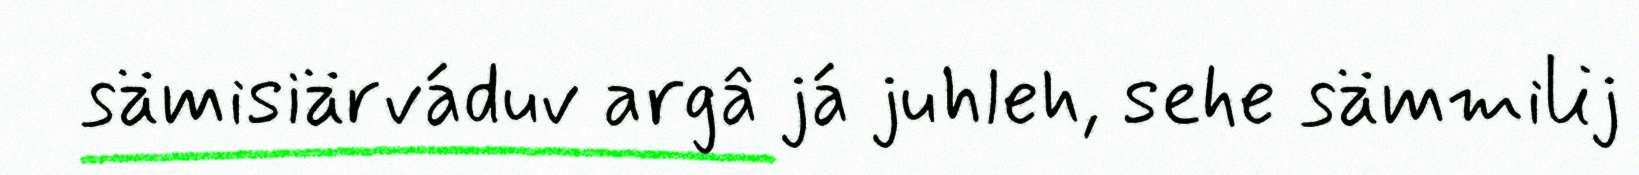
sämisiärváduv argâ já juhleh, sehe sämmilij